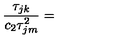
{ \frac { \tau _ { j k } } { c _ { 2 } \tau \sp 2 _ { j m } } } =